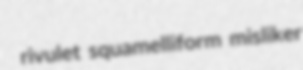
rivulet squamelliform misliker